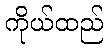
ကိုယ်ထည်